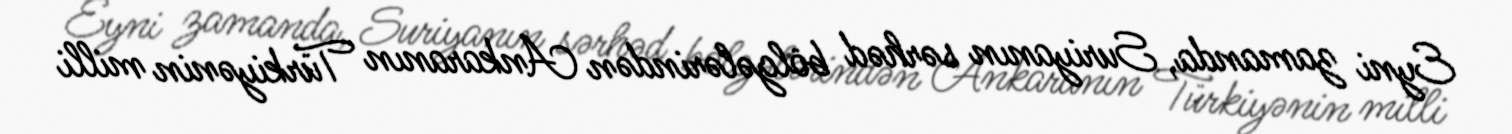
Eyni zamanda, Suriyanın sərhəd bölgələrindən Ankaranın Türkiyənin milli